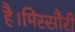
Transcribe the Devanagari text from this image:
है।मिस्सौरी